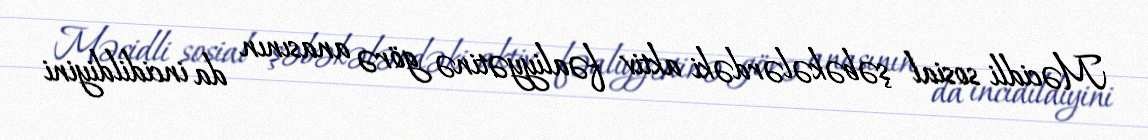
Məcidli sosial şəbəkələrdəki aktiv fəaliyyətinə görə anasının da incidildiyini